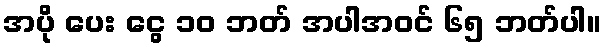
အပို ပေး ငွေ ၁၀ ဘတ် အပါအဝင် ၆၅ ဘတ်ပါ။